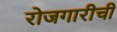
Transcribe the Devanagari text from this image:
रोजगारीची